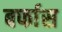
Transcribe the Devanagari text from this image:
बर्फास